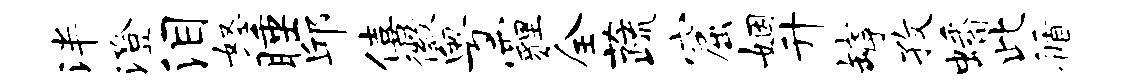
泮澄泪怒睡邱僖徽粤霾全蔬窟姻升罅孜蟠此循